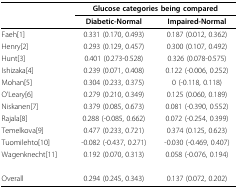
<table><thead><tr><td></td><td colspan="2"><b>Glucose categories being compared</b></td></tr><tr><td></td><td><b>Diabetic-Normal</b></td><td><b>Impaired-Normal</b></td></tr></thead><tbody><tr><td>Faeh[1]</td><td>0.331 (0.170, 0.493)</td><td>0.187 (0.012, 0.362)</td></tr><tr><td>Henry[2]</td><td>0.293 (0.129, 0.457)</td><td>0.300 (0.107, 0.492)</td></tr><tr><td>Hunt[3]</td><td>0.401 (0.273-0.528)</td><td>0.326 (0.078-0.575)</td></tr><tr><td>Ishizaka[4]</td><td>0.239 (0.071, 0.408)</td><td>0.122 (-0.006, 0.252)</td></tr><tr><td>Mohan[5]</td><td>0.304 (0.233, 0.375)</td><td>0 (-0.118, 0.118)</td></tr><tr><td>O&#x27;Leary[6]</td><td>0.279 (0.210, 0.349)</td><td>0.125 (0.060, 0.189)</td></tr><tr><td>Niskanen[7]</td><td>0.379 (0.085, 0.673)</td><td>0.081 (-0.390, 0.552)</td></tr><tr><td>Rajala[8]</td><td>0.288 (-0.085, 0.662)</td><td>0.072 (-0.254, 0.399)</td></tr><tr><td>Temelkova[9]</td><td>0.477 (0.233, 0.721)</td><td>0.374 (0.125, 0.623)</td></tr><tr><td>Tuomilehto[10]</td><td>-0.082 (-0.437, 0.271)</td><td>-0.030 (-0.469, 0.407)</td></tr><tr><td>Wagenknecht[11]</td><td>0.192 (0.070, 0.313)</td><td>0.058 (-0.076, 0.194)</td></tr><tr><td>Overall</td><td>0.294 (0.245, 0.343)</td><td>0.137 (0.072, 0.202)</td></tr></tbody></table>